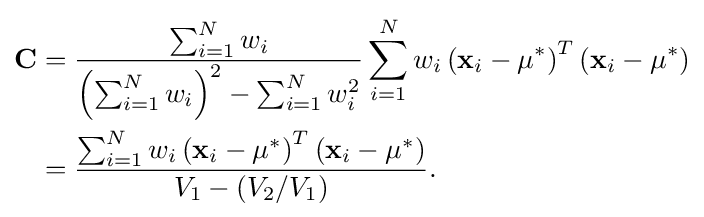
{\begin{aligned}\mathbf {C} &={\frac {\sum _{i=1}^{N}w_{i}}{\left(\sum _{i=1}^{N}w_{i}\right)^{2}-\sum _{i=1}^{N}w_{i}^{2}}}\sum _{i=1}^{N}w_{i}\left(\mathbf {x} _{i}-\mu ^{*}\right)^{T}\left(\mathbf {x} _{i}-\mu ^{*}\right)\\&={\frac {\sum _{i=1}^{N}w_{i}\left(\mathbf {x} _{i}-\mu ^{*}\right)^{T}\left(\mathbf {x} _{i}-\mu ^{*}\right)}{V_{1}-(V_{2}/V_{1})}}.\end{aligned}}